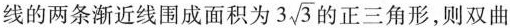
线的两条渐近线围成面积为3 \sqrt{3}的正三角形，则双曲